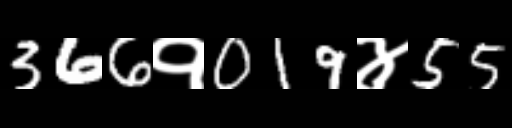
Text: 366१019४55